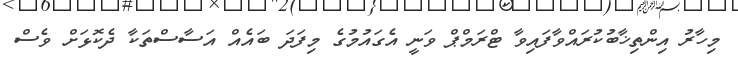
މިހާރު އިންތިޚާބުކުރައްވާފައިވާ ޓްރަމްޕް ވަނީ އެގައުމުގެ މިފަދަ ބައެއް އަސާސްތަކާ ދެކޮޅަށް ވެސް